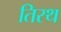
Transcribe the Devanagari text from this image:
तिरथ